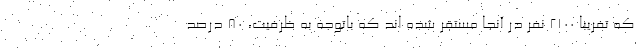
که تفریبا ۲۱۰۰ نفر در آنجا مستقر شده اند که باتوجه به ظرفیت، ۸۰ درصد